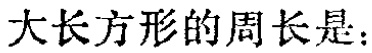
大长方形的周长是：